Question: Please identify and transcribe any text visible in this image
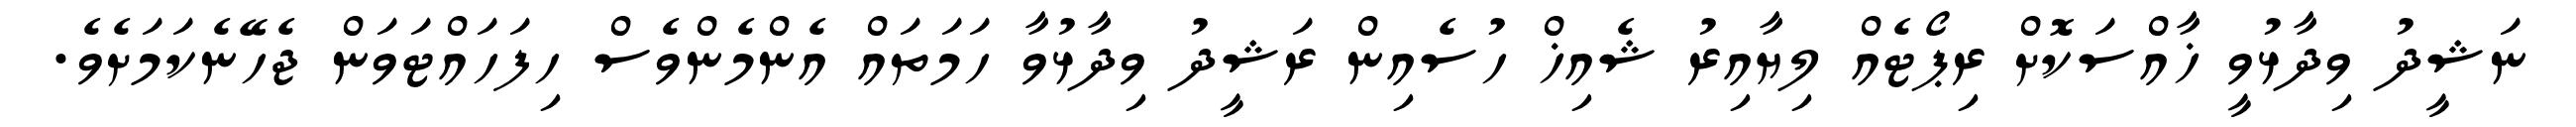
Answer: ނަޝީދު ވިދާޅުވީ ޚާއްސަކޮށް ރިޕޯޓެއް ލިޔާއިރު ޝެއިޚް ހުސެއިން ރަޝީދު ވިދާޅުވާ ހަމަތައް އެންމެންވެސް ހިފަހައްޓަވަން ޖެހޭނެކަމަށެވެ.